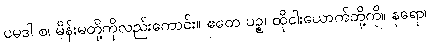
ပမဒါ စ၊ မိန်းမတို့ကိုလည်းကောင်း။ ဧတေ ပဉ္စ၊ ထိုငါးယောက်တို့ကို။ နရော၊